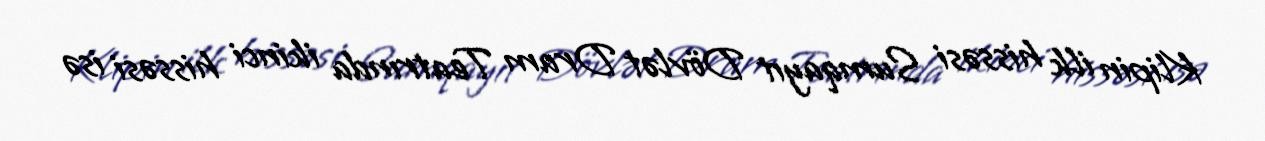
Klipin ilk hissəsi Sumqayıt Dövlət Dram Teatrında ikinci hissəsi isə